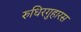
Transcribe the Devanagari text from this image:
रुधिरगुहारस